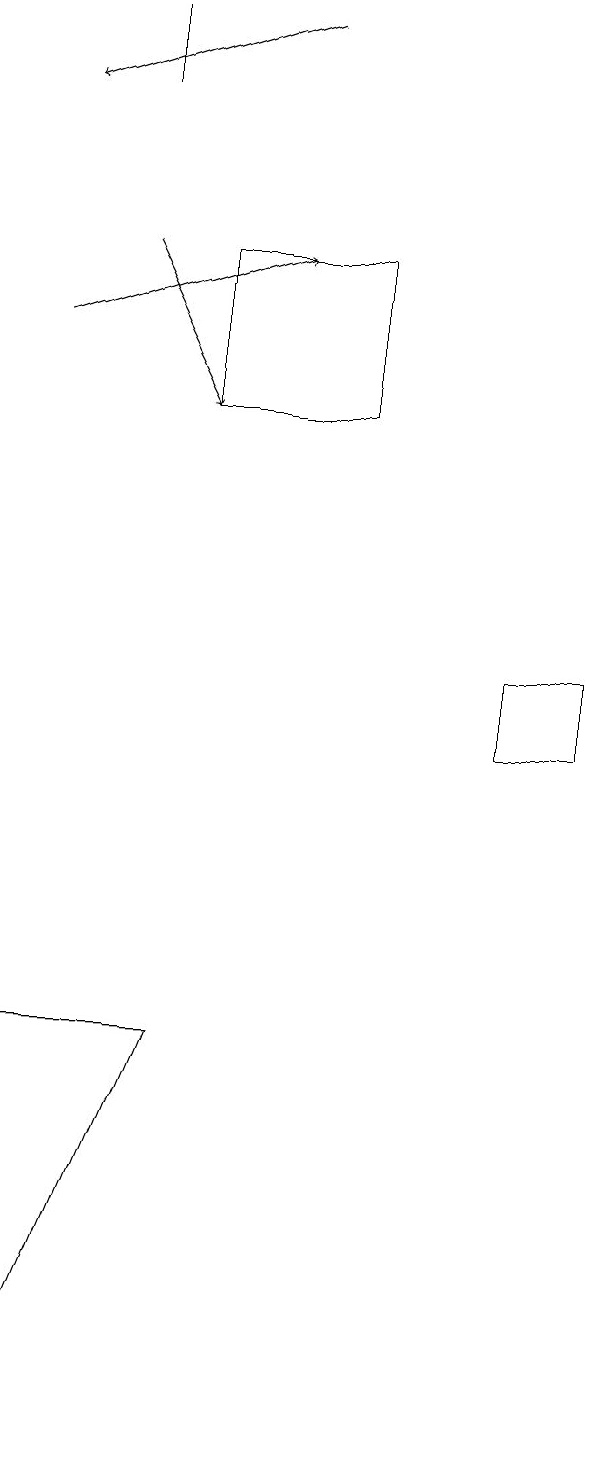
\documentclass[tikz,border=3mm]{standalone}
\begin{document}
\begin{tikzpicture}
\draw (2,6) -- (2,1) -- (4,6) -- cycle;
\draw[->] (5,19) -- (2,18);
\draw (9,11) rectangle (8,10);
\draw (3,19) rectangle (3,18);
\draw[->] (2,15) -- (5,16);
\draw[->] (3,16) -- (4,14);
\draw (4,14) rectangle (6,16);
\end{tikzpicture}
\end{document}